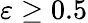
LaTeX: \varepsilon\ge 0.5